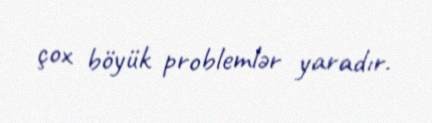
çox böyük problemlər yaradır.